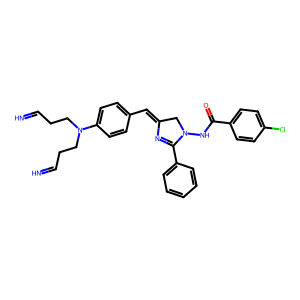
SMILES: N=CCCN(CCC=N)c1ccc(C=C2CN(NC(=O)c3ccc(Cl)cc3)C(c3ccccc3)=N2)cc1
Inhibits HIV replication: No